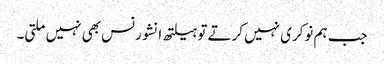
جب ہم نوکری نہیں کرتے تو ہیلتھ انشورنس بھی نہیں‌ملتی۔